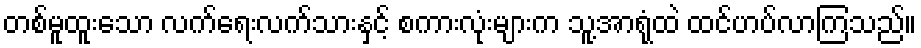
တစ်မူထူးသော လက်ရေးလက်သားနှင့် စကားလုံးများက သူ့အာရုံထဲ ထင်ဟပ်လာကြသည်။